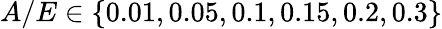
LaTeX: A/E\in\{ 0.01,0.05,0.1,0.15,0.2,0.3\}